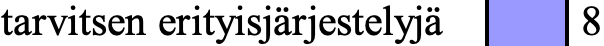
tarvitsen erityisjärjestelyjä 8